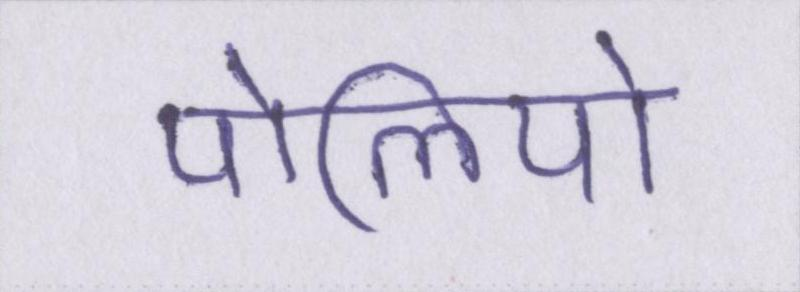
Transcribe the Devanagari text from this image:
पोलियो